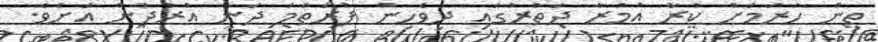
ތިން ހަރަމަށް ކުރާ އުމުރާ ދަތުރުގައި ދިވެހިން ފުރަތަމަ ދަނީ އުރުދުން އަށެވެ.